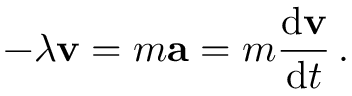
- \lambda \mathbf { v } = m \mathbf { a } = m { \frac { \mathrm { d } \mathbf { v } } { \mathrm { d } t } } \, .